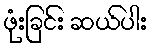
ဖုံးခြင်း ဆယ်ပါး